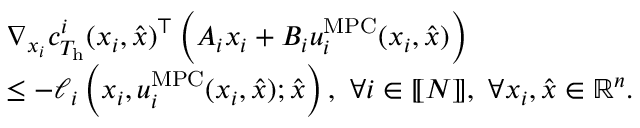
\begin{array} { r l } & { \nabla _ { x _ { i } } c _ { T _ { \mathrm { h } } } ^ { i } ( x _ { i } , \hat { x } ) ^ { \top } \left( A _ { i } x _ { i } + B _ { i } u _ { i } ^ { \mathrm { M P C } } ( x _ { i } , \hat { x } ) \right) } \\ & { \le - \ell _ { i } \left( x _ { i } , u _ { i } ^ { \mathrm { M P C } } ( x _ { i } , \hat { x } ) ; \hat { x } \right) , \ \forall i \in \ensuremath { [ \! [ N ] \! ] } , \ \forall x _ { i } , \hat { x } \in { \mathbb R } ^ { n } . } \end{array}